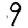
Digit: 9